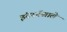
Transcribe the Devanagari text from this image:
इंटरनॅश्नाले